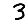
Digit: 3